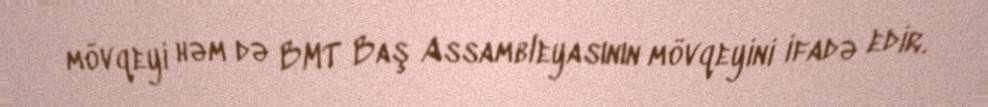
mövqeyi həm də BMT Baş Assambleyasının mövqeyini ifadə edir.